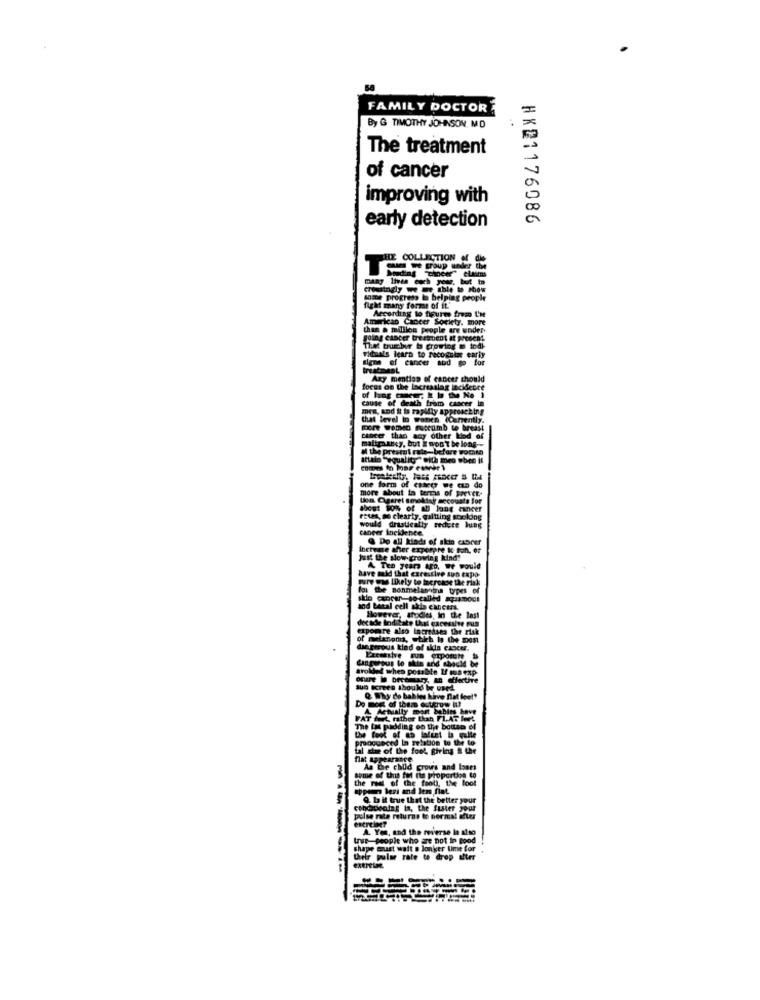
FAMILY DOCTOR
By G TIMOTHY JOHNSON, MD
The treatment
of cancer
improving with
HK21176086
early detection
THE COLLECTION of die
many lives coch you, but to
croustngly we we thie to show
eos m belping people
fight many forms of it.'
According to figures frem I'ne
American Cancer Society. more
than a million people are under
going cancer treatment at present
That burber b growing = indi
rituals learn to recognise early
sign of cancer abd go for
treatment
Azy mention of cancer should
focus on the lacreaslag incidence
cause of death from cancer In
of hang concer; It to the No i
mra, and it is rapidly approaching
that level in women (Canently.
For Women succumb to breast
cancer than any other kind of
maltpaancy, but I won't be long --
al the present rate-before Fort
stala "equality" with meo obec il
more about in terms of prever ..
one form of cancer we can do
Lion. Ogrrel smoking secounts for
ghost so% of all lang cancer
rates, so clearly, galtting aboldog
would drastically reduce Jung
cancer incidente.
@ Do all kinds of skin cancer
Increme ther exporpre & ton, or
Just the slow growing kind'
A Ten years aro, we would
have said that excessive sun expo-
mure was likely to lacrosse the risk
foi the nonmelanoma types of
and betal cell skia cancers.
However, studies, In the last
decade Indicate Usal cacesalve sus
expomare also increases the risk
of melanoma, etich in the post
dangerous kind of skin cancer.
Excessive Fun erpotete
trolded when possible If sua exp
Cangurous to skin and should be
osure We bechmary, an effective
30 kereen thouks be used
ables have flat fee !?
Actually mort babies have
FAT ML rather than FLAT Ieet
The tos padding on the bottan of
pronounced In relation to the to
al die of the fool giving & the
As the child grows and boots
the rest of the fool), the loot
Some of tina toll the proportion to
appen leri and Jen flat
Q. ba it true that the better your
conditioning ia, the fuster your
pulse rate returns to normal ifter
A. Yon, and the reverse le also
true-people who are not in good
----
shape must wait a Jonker time for
their pulse rate to drop after